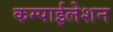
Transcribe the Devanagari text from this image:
कम्पाईलेशन